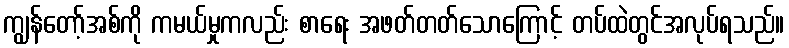
ကျွန်တော့်အစ်ကို ကမယ်မှုကလည်း စာရေး အဖတ်တတ်သောကြောင့် တပ်ထဲတွင်အလုပ်ရသည်။